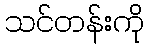
သင်တန်းကို